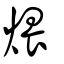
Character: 煨